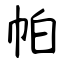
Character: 帕